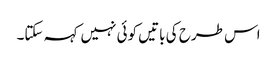
اس طرح کی باتیں کوئی نہیں کہہ سکتا۔